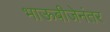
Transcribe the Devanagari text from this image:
भाऊबीजेनंतर